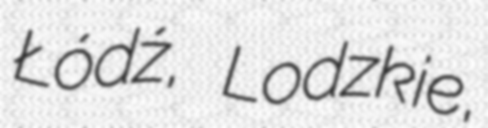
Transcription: Łódź, Lodzkie,